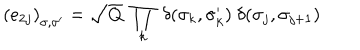
\left( e _ { 2 j } \right) _ { \sigma , \sigma ^ { \prime } } = \sqrt { Q } ~ \prod _ { k } ~ \delta ( \sigma _ { k } , \sigma _ { k } ^ { \prime } ) { } ~ \delta ( \sigma _ { j } , \sigma _ { j + 1 } )